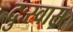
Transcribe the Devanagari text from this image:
दुःस्वास